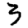
Digit: 3